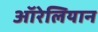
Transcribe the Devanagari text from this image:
ऑरेलियान